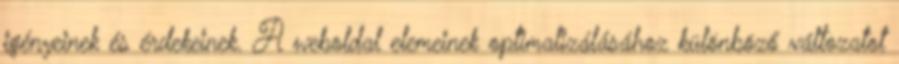
igényeinek és érdekeinek. A weboldal elemeinek optimalizálásához különböző változatot